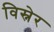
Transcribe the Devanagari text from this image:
विस्नेर